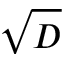
\sqrt { D }